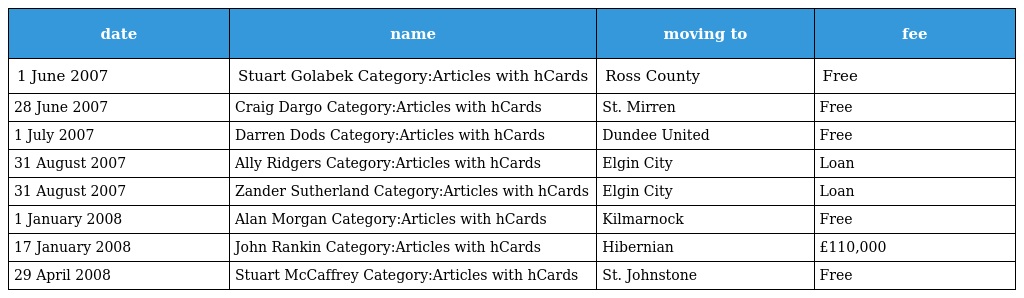
| date | name | moving to | fee |
 | --- | --- | --- | --- |
 | 1 June 2007 | Stuart Golabek Category:Articles with hCards | Ross County | Free |
 | 28 June 2007 | Craig Dargo Category:Articles with hCards | St. Mirren | Free |
 | 1 July 2007 | Darren Dods Category:Articles with hCards | Dundee United | Free |
 | 31 August 2007 | Ally Ridgers Category:Articles with hCards | Elgin City | Loan |
 | 31 August 2007 | Zander Sutherland Category:Articles with hCards | Elgin City | Loan |
 | 1 January 2008 | Alan Morgan Category:Articles with hCards | Kilmarnock | Free |
 | 17 January 2008 | John Rankin Category:Articles with hCards | Hibernian | £110,000 |
 | 29 April 2008 | Stuart McCaffrey Category:Articles with hCards | St. Johnstone | Free |